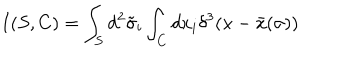
LaTeX: I ( S , C ) = \int _ { S } d ^ { 2 } \tilde { \sigma } _ { i } \int _ { C } d x _ { i } \delta ^ { 3 } ( x - \bar { x } ( \sigma ) )